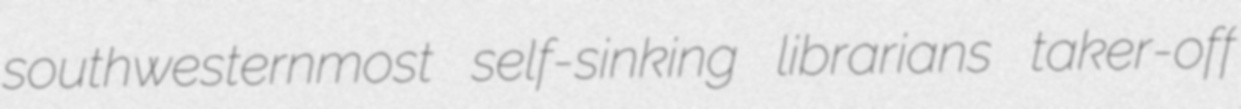
southwesternmost self-sinking librarians taker-off